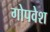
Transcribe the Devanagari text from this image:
गोपवेश